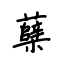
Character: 蘖